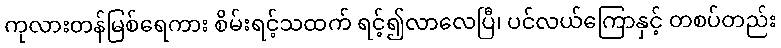
ကုလားတန်မြစ်ရေကား စိမ်းရင့်သထက် ရင့်၍လာလေပြီ၊ ပင်လယ်ကြောနှင့် တစပ်တည်း